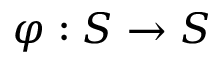
\varphi : S \to S